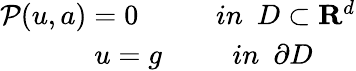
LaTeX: \begin{array}{r}{\mathcal{P}(u,a)=0~~~~~~~~~~~in~~D\subset\mathbf{R}^{d}}\\ {u=g~~~~~~~~~~in~~\partial D~~~~~~}\end{array}